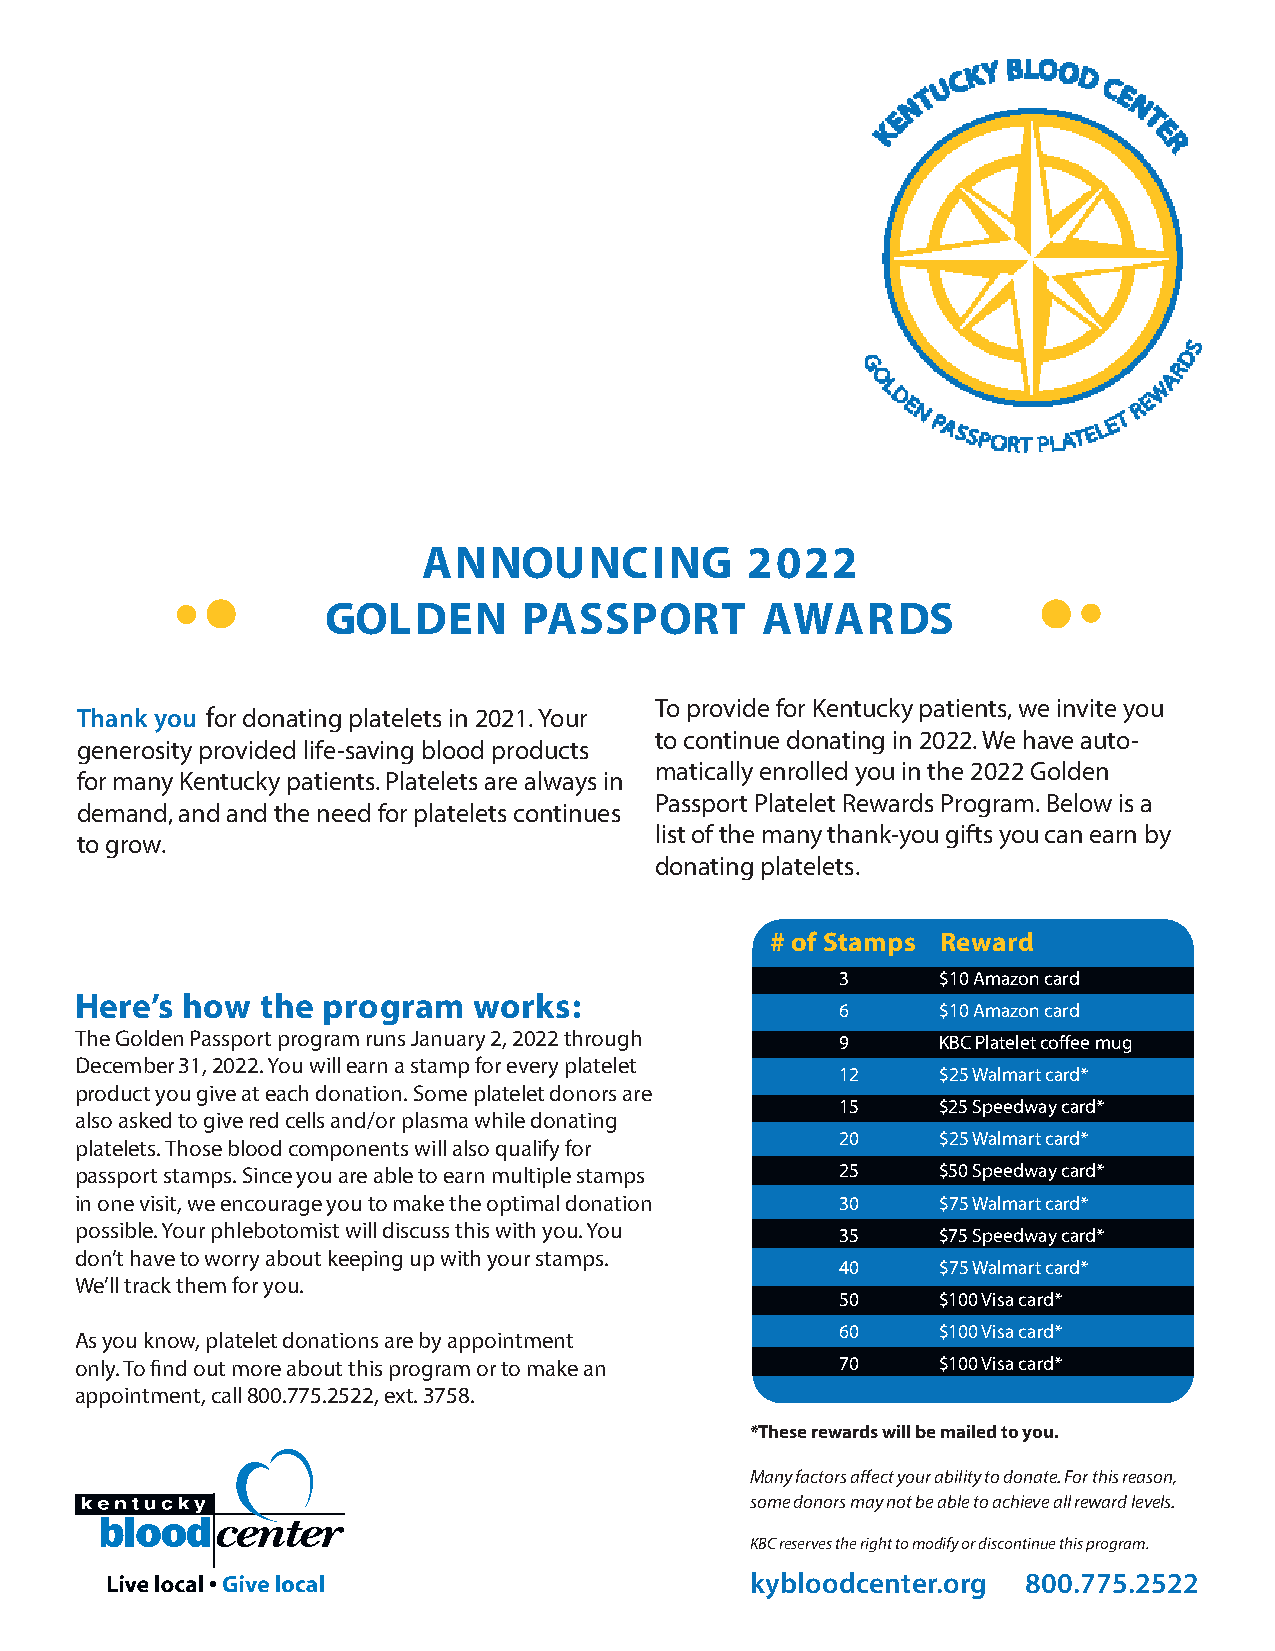
ANNOUNCING           2022
 GOLDEN       PASSPORT       AWARDS
 To provide for Kentucky patients, we invite you
 Thank you for donating platelets in 2021. Your
 to continue donating in 2022. We have auto-
 generosity provided life-saving blood products
 matically enrolled you in the 2022 Golden
 for many Kentucky patients. Platelets are always in
 Passport Platelet Rewards Program. Below is a
 demand, and and the need for platelets continues
 list of the many thank-you gifts you can earn by
 to grow.
 donating platelets.
 # of Stamps Reward
 3     $10 Amazon card
 Here’s how  the program   works:
 6     $10 Amazon card
 The Golden Passport program runs January 2, 2022 through 9 KBC Platelet coffee mug
 December 31, 2022. You will earn a stamp for every platelet
 12    $25 Walmart card*
 product you give at each donation. Some platelet donors are
 15    $25 Speedway card*
 also asked to give red cells and/or plasma while donating
 20    $25 Walmart card*
 platelets. Those blood components will also qualify for
 passport stamps. Since you are able to earn multiple stamps 25 $50 Speedway card*
 in one visit, we encourage you to make the optimal donation 30 $75 Walmart card*
 possible. Your phlebotomist will discuss this with you. You 35 $75 Speedway card*
 don’t have to worry about keeping up with your stamps.
 40    $75 Walmart card*
 We’ll track them for you.
 50    $100 Visa card*
 60    $100 Visa card*
 As you know, platelet donations are by appointment
 only. To find out more about this program or to make an 70 $100 Visa card*
 appointment, call 800.775.2522, ext. 3758.
 *These rewards will be mailed to you.
 Many factors affect your ability to donate. For this reason,
 some donors may not be able to achieve all reward levels.
 KBC reserves the right to modify or discontinue this program.
 kybloodcenter.org 800.775.2522